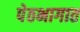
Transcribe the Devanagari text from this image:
पेठभागात